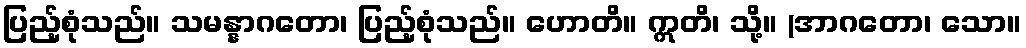
ပြည့်စုံသည်။ သမန္နာဂတော၊ ပြည့်စုံသည်။ ဟောတိ။ ဣတိ၊ သို့။ (အာဂတော၊ သော။